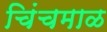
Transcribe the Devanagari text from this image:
चिंचमाळ